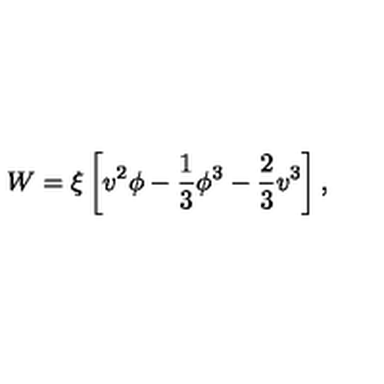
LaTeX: W = \xi \left[ v ^ { 2 } \phi - { \frac { 1 } { 3 } } \phi ^ { 3 } - { \frac { 2 } { 3 } } v ^ { 3 } \right] ,